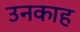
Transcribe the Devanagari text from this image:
उनकाह